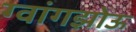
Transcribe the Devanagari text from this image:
ग्वांगझोऊ